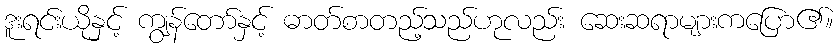
ဒူးရင်းယိုနှင့် ကျွန်တော်နှင့် ဓာတ်စာတည့်သည်ဟုလည်း ဆေးဆရာများကပြော၏။